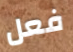
فعل